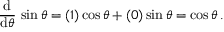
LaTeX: { \frac { \operatorname { d } } { \operatorname { d } \! \theta } } \, \sin \theta = ( 1 ) \cos \theta + ( 0 ) \sin \theta = \cos \theta \, .